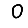
Digit: 0